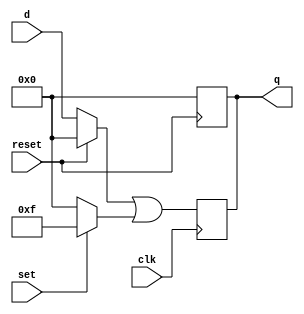
// Implementacin de un Flip Flop tipo D
// Daniel Mundo 19508
module FlipFlopD(input wire [3:0] d,
                input wire clk, reset, set,
                output reg [3:0] q);
  always @ (posedge clk) q <= (reset ? 4'b0000 : d)
                            | (set ? 4'b1111 : 4'b0000);
  always @ ( posedge reset) q <= 4'b0000;
endmodule